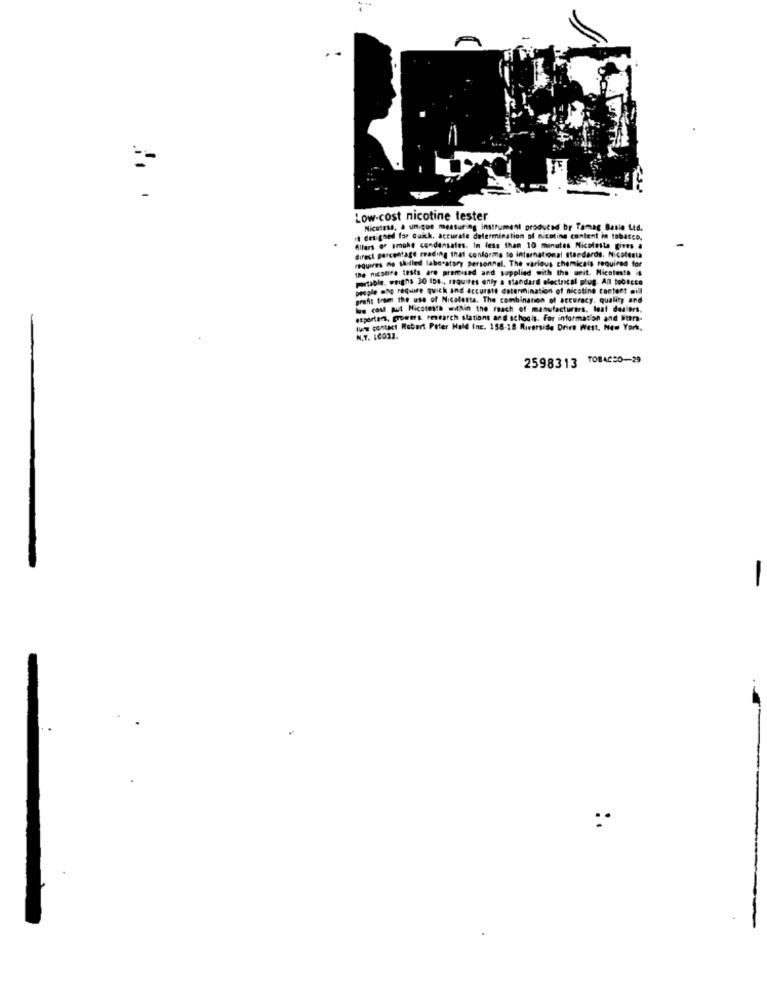
-
Low-cost nicotine tester
Nicatess, a unique measuring instrument produced by Tamag Basie Lid.
1 designed for Gaich, accurate determination of nicotine content in tobatco.
Alters of smoke condensales. In less than 10 minutes Nicoletta gives a
direct percentage reading that conforme to international standards. Nicotesta
requires no sidled laboratory personnel. The various chemicais required for
the nicotine tests are premised and supplied with the unit. Nicotesth il
portable. weighs 30 158 ., requires only a standard electrical plug. Anl tobacco
people who require quick and accurate determination of nicotine content mill
profit from the use of Nicatesta. The combination of accuracy, quality and
low cost put Nicotesta within the reach of manufacturers, leat dealers,
experten, groww's research stations and schools. For information and buhr-
lune contact Robert Peter Hald Inc. 158-18 Riverside Drive West. New York.
N.Y. 16032.
2598313 TOBACSO-29
-
:.